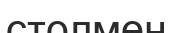
столмен